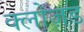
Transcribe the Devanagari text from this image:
क्लोज़ड